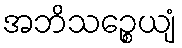
အဘိသဉ္စေယျံ